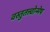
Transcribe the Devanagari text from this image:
वस्तुतत्त्वोन्मेष